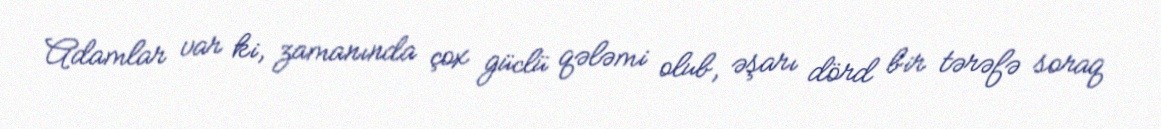
Adamlar var ki, zamanında çox güclü qələmi olub, əşarı dörd bir tərəfə soraq